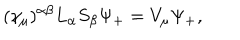
( \gamma _ { \mu } ) ^ { \alpha \beta } L _ { \alpha } S _ { \beta } \Psi _ { + } = V _ { \mu } \Psi _ { + } ,